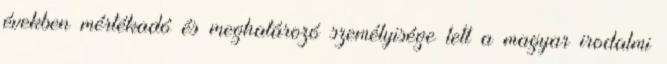
években mértékadó és meghatározó személyisége lett a magyar irodalmi